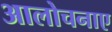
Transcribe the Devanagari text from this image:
आलोचनाए